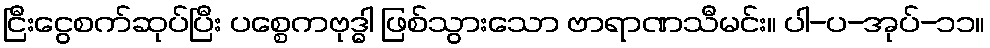
ငြီးငွေစက်ဆုပ်ပြီး ပစ္စေကဗုဒ္ဓါ ဖြစ်သွားသော ဗာရာဏသီမင်း။ ပါ-ပ-အုပ်-၁၁။